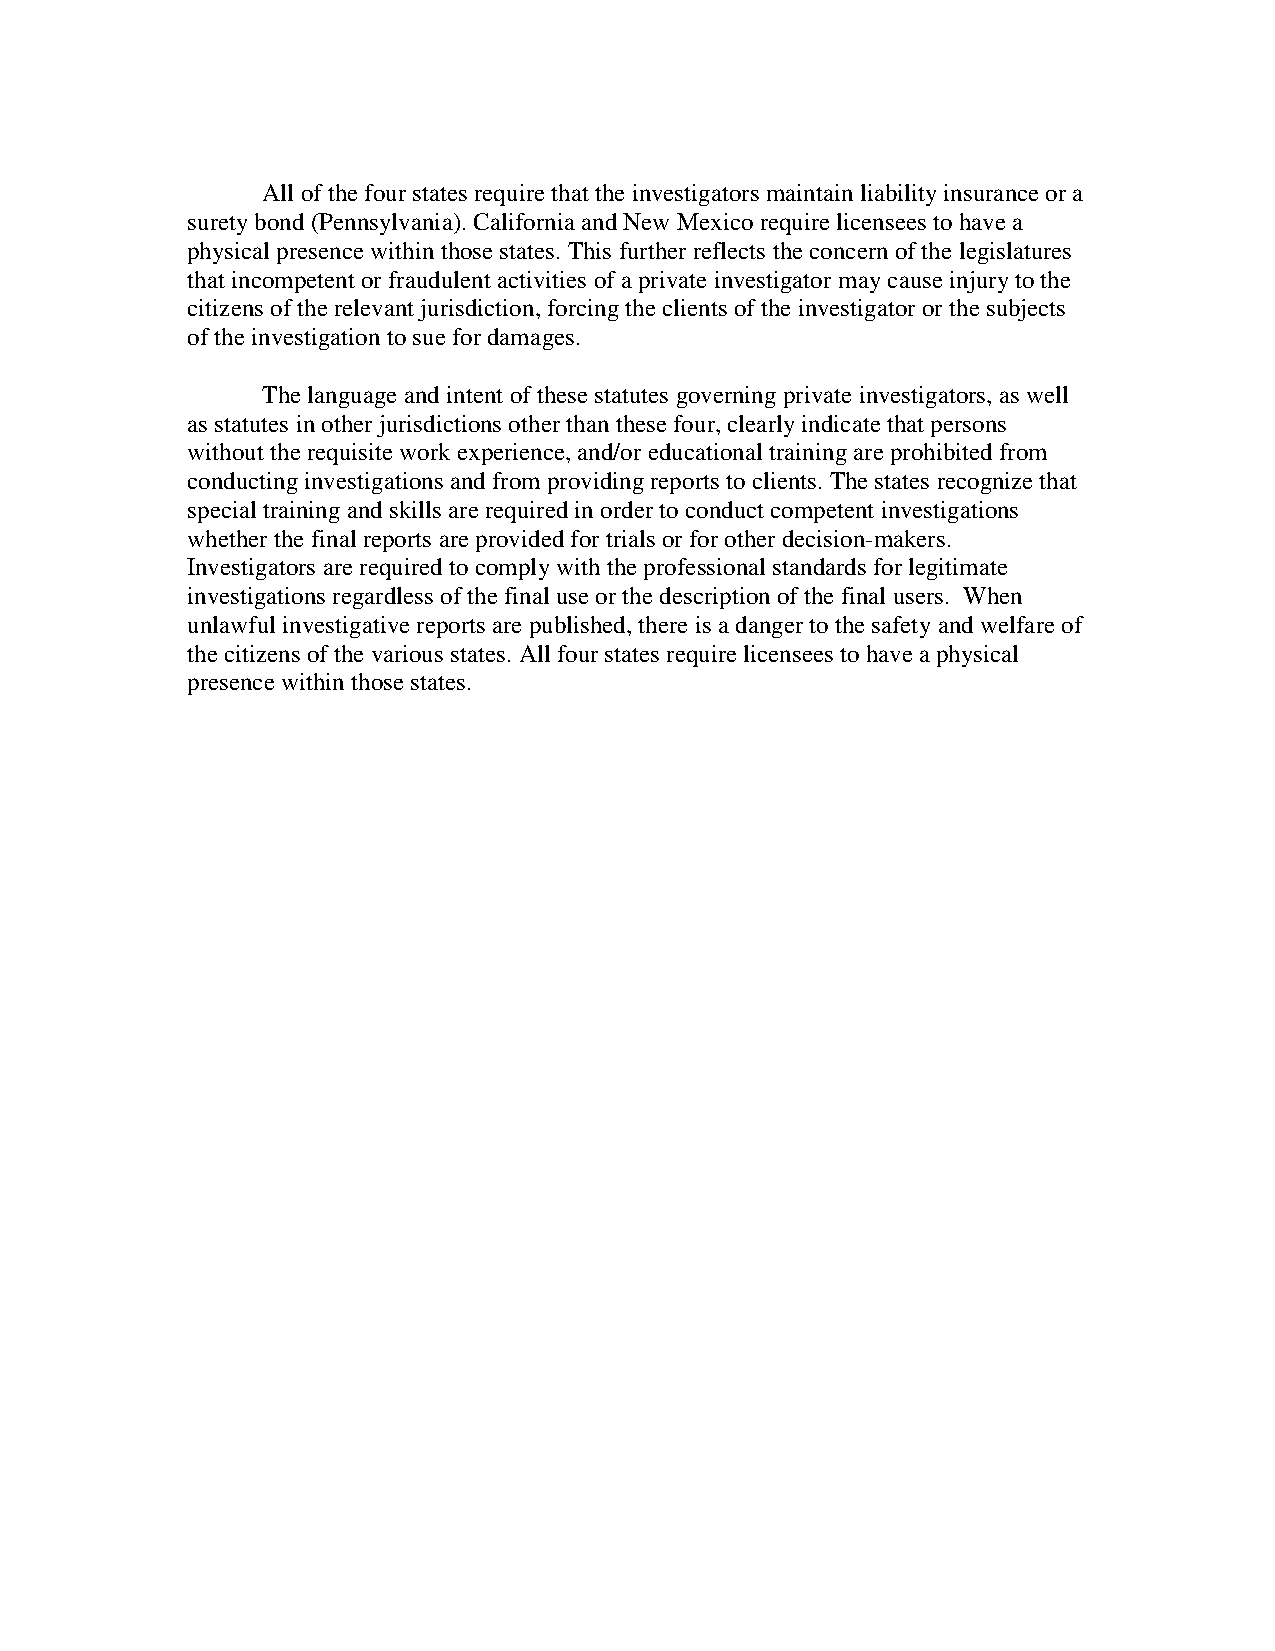
All of the four states require that the investigators maintain liability insurance or a
 surety bond (Pennsylvania). California and New Mexico require licensees to have a
 physical presence within those states. This further reflects the concern of the legislatures
 that incompetent or fraudulent activities of a private investigator may cause injury to the
 citizens of the relevant jurisdiction, forcing the clients of the investigator or the subjects
 of the investigation to sue for damages.
 The language and intent of these statutes governing private investigators, as well
 as statutes in other jurisdictions other than these four, clearly indicate that persons
 without the requisite work experience, and/or educational training are prohibited from
 conducting investigations and from providing reports to clients. The states recognize that
 special training and skills are required in order to conduct competent investigations
 whether the final reports are provided for trials or for other decision-makers.
 Investigators are required to comply with the professional standards for legitimate
 investigations regardless of the final use or the description of the final users. When
 unlawful investigative reports are published, there is a danger to the safety and welfare of
 the citizens of the various states. All four states require licensees to have a physical
 presence within those states.